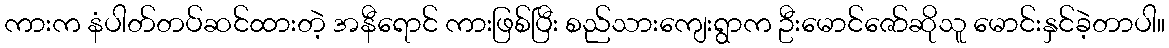
ကားက နံပါတ်တပ်ဆင်ထားတဲ့ အနီရောင် ကားဖြစ်ပြီး စည်သားကျေးရွာက ဦးမောင်ဇော်ဆိုသူ မောင်းနှင်ခဲ့တာပါ။